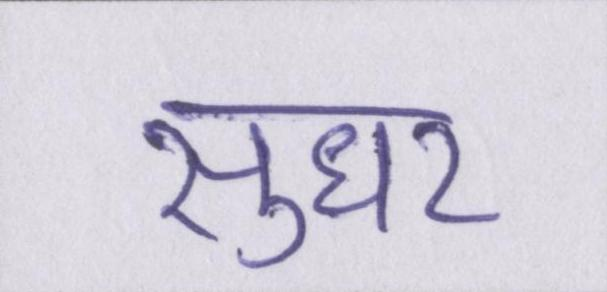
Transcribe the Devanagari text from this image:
सुधर